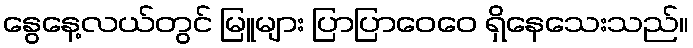
နွေနေ့လယ်တွင် မြူများ ပြာပြာဝေဝေ ရှိနေသေးသည်။